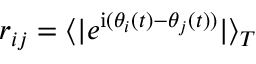
r _ { i j } = \langle | e ^ { \mathrm { i } ( \theta _ { i } ( t ) - \theta _ { j } ( t ) ) } | \rangle _ { T }